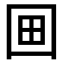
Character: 𡇍